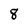
Character: 8